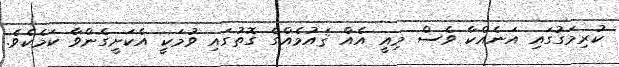
ކުރިމަގުގައި އަނެއްކާ ވެސް މިއީ އެއް ޤައުމެއްގެ ގޮތުގައި ވުމަކީ އެކަށީގެންވާ ކަމެކެވެ.